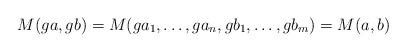
LaTeX: \begin{align*} M(ga, gb) = M(ga_1, \dots, ga_n, g b_1,\dots, g b_m) = M(a,b)\end{align*}